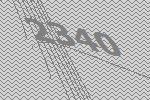
2340